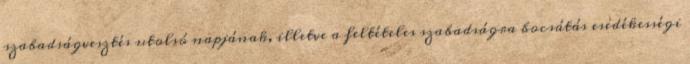
szabadságvesztés utolsó napjának, illetve a feltételes szabadságra bocsátás esedékességi